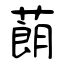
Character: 蓢